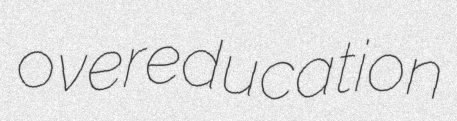
overeducation